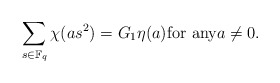
\begin{align*} \sum_{s \in {\mathbb F}_q} \chi (a s^2) = G_1 \eta(a) \mbox{for any} a \ne 0.\end{align*}